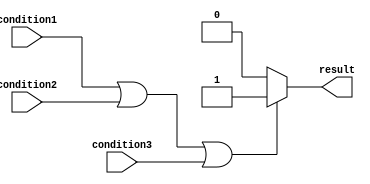
module if_else_statement (
    input wire condition1,
    input wire condition2,
    input wire condition3,
    output reg result
);

always @(*)
begin
    if (condition1 || condition2 || condition3) begin
        // Execute block of statements if at least one of the conditions is true
        result <= 1'b1;
    end 
    else begin
        // Execute else block if none of the conditions are true
        result <= 1'b0;
    end
end

endmodule